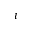
\imath